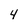
Character: 4